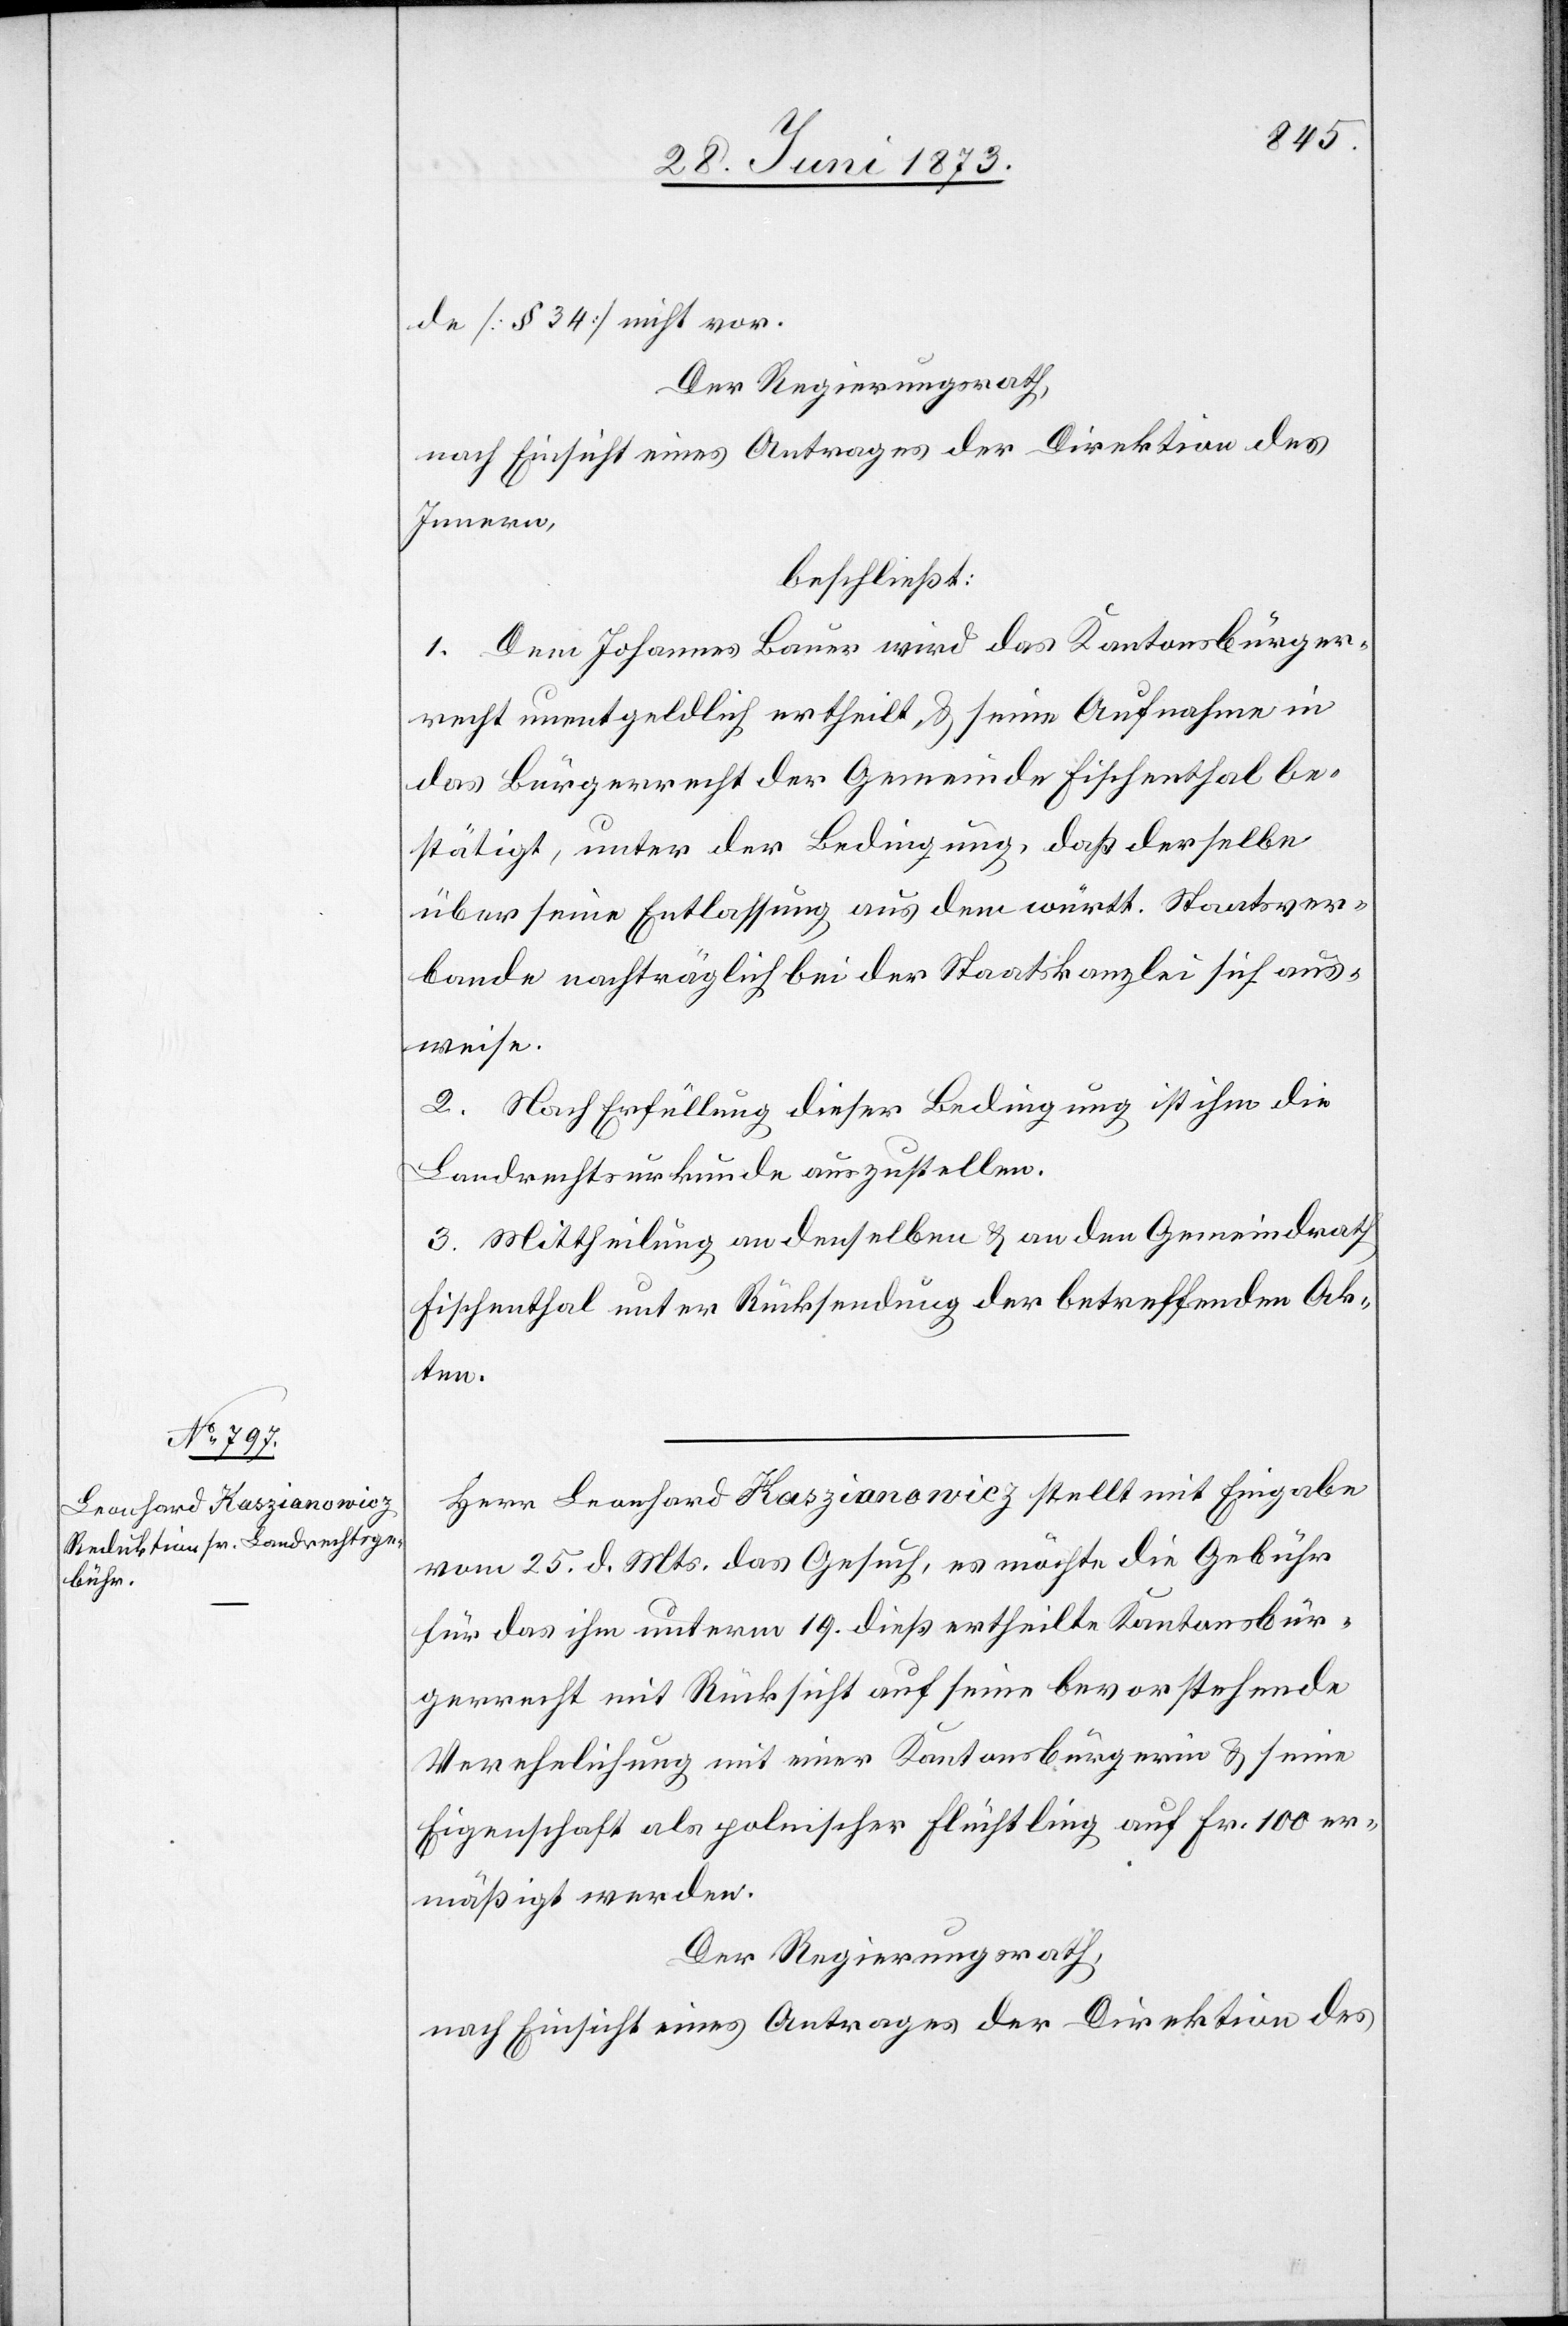
de [§ 34] nicht vor.
Der Regierungsrath,
nach Einsicht eines Antrages der Direktion des
Innern,
beschließt:
1. Dem Johannes Bauer wird das Kantonsbürger¬
recht unentgeldlich ertheilt & seine Aufnahme in
das Bürgerrecht der Gemeinde Fischenthal be¬
stätigt, unter der Bedingung, daß derselbe
über seine Entlassung aus dem württ. Staatsver¬
bande nachträglich bei der Staatskanzlei sich aus¬
weise.
2. Nach Erfüllung dieser Bedingung ist ihm die
Landrechtsurkunde auszustellen.
3. Mittheilung an denselben & an den Gemeindrath
Fischenthal unter Rücksendung der betreffenden Ak¬
ten.
Herr Leonhard Kaszianowicz stellt mit Eingabe
vom 25. d. Mts. das Gesuch, es möchte die Gebühr
für das ihm unterm 19. dieß ertheilte Kantonsbür¬
gerrecht mit Rücksicht auf seine bevorstehende
Verehelichung mit einer Kantonsbürgerin & seine
Eigenschaft als polnischer Flüchtling auf Fr. 100 er¬
mäßigt werden.
Der Regierungsrath,
nach Einsicht eines Antrages der Direktion des